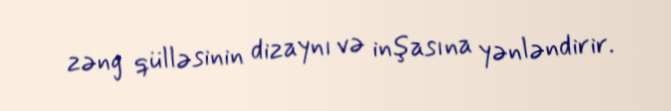
zəng qülləsinin dizaynı və inşasına yənləndirir.